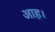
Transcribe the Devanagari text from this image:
आह।